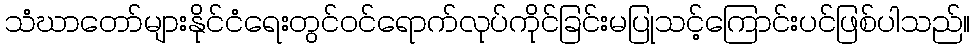
သံဃာတော်များနိုင်ငံရေးတွင်ဝင်ရောက်လုပ်ကိုင်ခြင်းမပြုသင့်ကြောင်းပင်ဖြစ်ပါသည်။